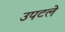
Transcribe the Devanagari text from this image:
उपटले